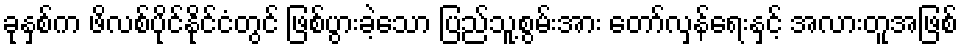
ခုနှစ်က ဖိလစ်ပိုင်နိုင်ငံတွင် ဖြစ်ပွားခဲ့သော ပြည်သူ့စွမ်းအား တော်လှန်ရေးနှင့် အလားတူအဖြစ်